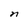
Character: n